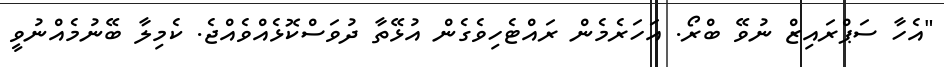
"އެހާ ސަޕްރައިޒް ނުވޭ ބްރޯ. އަހަރެމެން ރައްޓެހިވެގެން އުޅޭތާ ދުވަސްކޮޅެއްވެއްޖެ. ކެމިލާ ބޭނުމެއްނުވީ